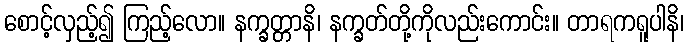
စောင့်လှည့်၍ ကြည့်လော။ နက္ခတ္တာနိ၊ နက္ခတ်တို့ကိုလည်းကောင်း။ တာရကရူပါနိ၊